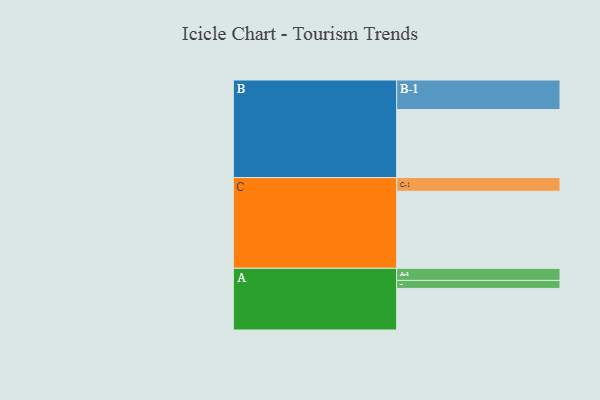
{"axis": {"x": "Segment", "y": "Value"}, "legend": ["", "A", "B", "C"], "data": [{"x": "A", "y": 306, "type": ""}, {"x": "B", "y": 500, "type": ""}, {"x": "C", "y": 567, "type": ""}, {"x": "A-1", "y": 89, "type": "A"}, {"x": "A-2", "y": 59, "type": "A"}, {"x": "B-1", "y": 218, "type": "B"}, {"x": "C-1", "y": 101, "type": "C"}]}